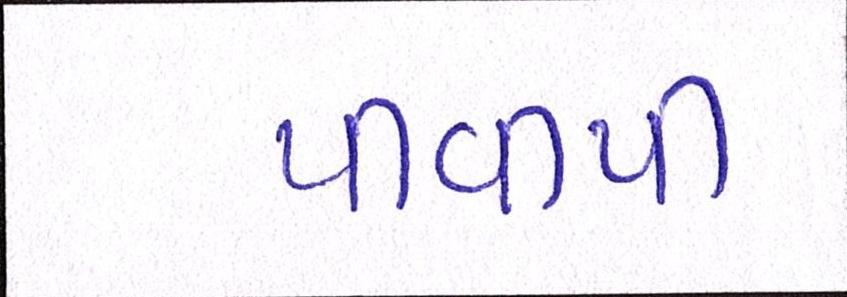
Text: પીવીપી